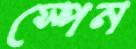
স্পেন